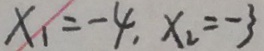
x _ { 1 } = - 4 , x _ { 2 } = - 3